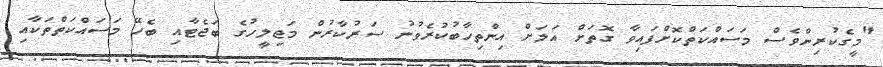
"މީގެކުރިންވެސް މަސައްކަތްކޮށްފައިވާ ގޮތަށް އަލަށް އިންތިހާބުކުރެވުނު ސަރުކާރުން މަޖިލީހުގެ ބަޖެޓާއި ބެހޭ މަސައްކަތްތަކާއި